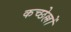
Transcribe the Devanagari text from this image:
कच्छेल्लों